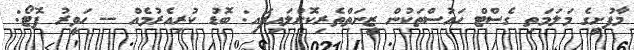
މާފުށީގެ މަލަމަތި ގެސްޓް ހައުސްތަކުން ޒީނަތްތެރިކޮށްލައިފައި: ބޮޑު ކުރިއެރުމެއް -- ހަވީރު ފޮޓޯ: